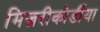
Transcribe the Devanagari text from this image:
मिज़रीकोर्डीया